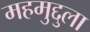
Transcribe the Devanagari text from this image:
महमुद्दुला